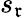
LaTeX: s_{\mathfrak{r}}